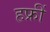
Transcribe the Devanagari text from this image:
हफ्रीं